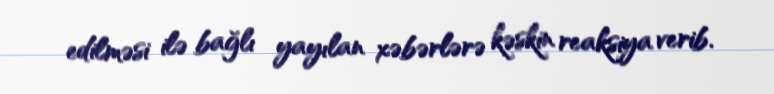
edilməsi ilə bağlı yayılan xəbərlərə kəskin reaksiya verib.